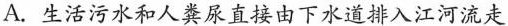
A. 生活污水和人粪尿直接由下水道排入江河流走